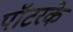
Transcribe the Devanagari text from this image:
पॉटरके